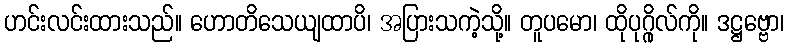
ဟင်းလင်းထားသည်။ ဟောတိသေယျထာပိ၊ အပြားသကဲ့သို့။ တူပမော၊ ထိုပုဂ္ဂိုလ်ကို။ ဒဋ္ဌဗ္ဗော၊